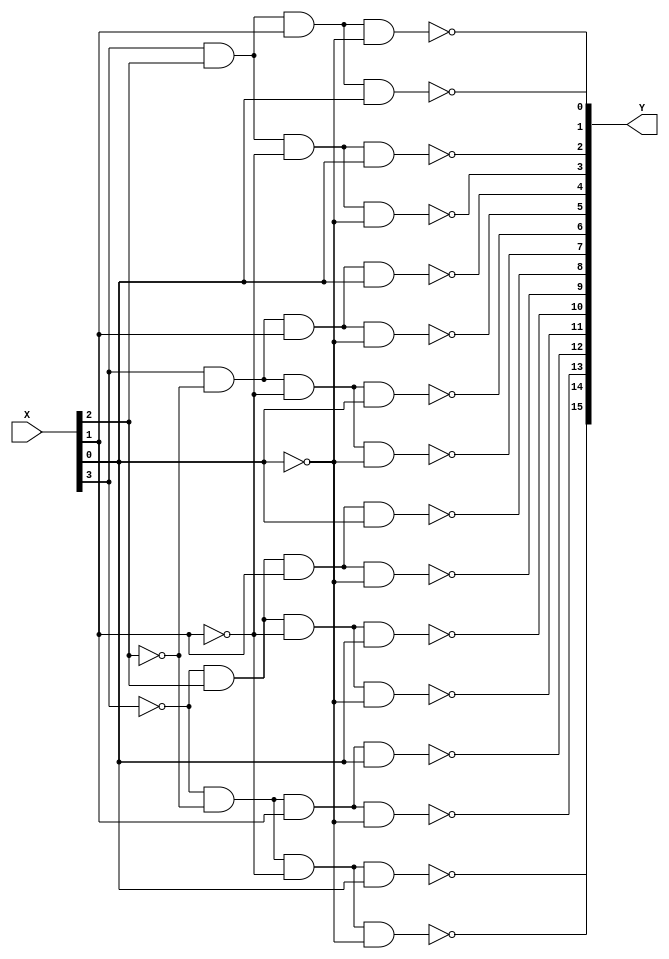
module decoder_4bit_16(output [15:0] Y, input [3:0] X);

assign Y[0] = ~(X[3] & X[2] & X[1] & X[0]);
assign Y[1] = ~(X[3] & X[2] & X[1] & ~X[0]);
assign Y[2] = ~(X[3] & X[2] & ~X[1] & X[0]);
assign Y[3] = ~(X[3] & X[2] & ~X[1] & ~X[0]);
assign Y[4] = ~(X[3] & ~X[2] & X[1] & X[0]);
assign Y[5] = ~(X[3] & ~X[2] & X[1] & ~X[0]);
assign Y[6] = ~(X[3] & ~X[2] & ~X[1] & X[0]);
assign Y[7] = ~(X[3] & ~X[2] & ~X[1] & ~X[0]);
assign Y[8] = ~(~X[3] & X[2] & X[1] & X[0]);
assign Y[9] = ~(~X[3] & X[2] & X[1] & ~X[0]);
assign Y[10] = ~(~X[3] & X[2] & ~X[1] & X[0]);
assign Y[11] = ~(~X[3] & X[2] & ~X[1] & ~X[0]);
assign Y[12] = ~(~X[3] & ~X[2] & X[1] & X[0]);
assign Y[13] = ~(~X[3] & ~X[2] & X[1] & ~X[0]);
assign Y[14] = ~(~X[3] & ~X[2] & ~X[1] & X[0]);
assign Y[15] = ~(~X[3] & ~X[2] & ~X[1] & ~X[0]);

endmodule